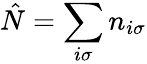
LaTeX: \hat{N}=\sum_{i\sigma}n_{i\sigma}